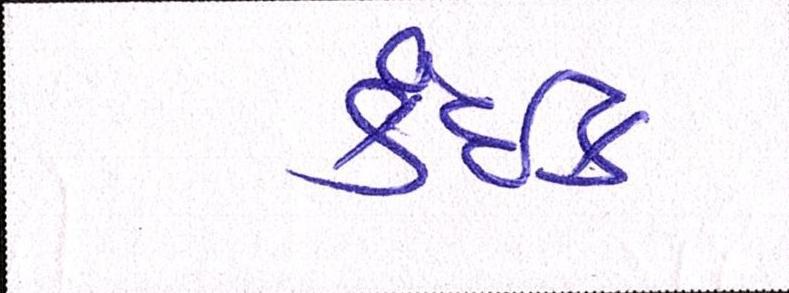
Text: કંઈક